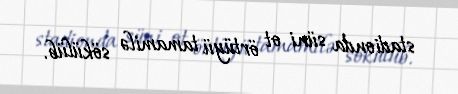
stadionda süni ot örtüyü tamamilə sökülüb.